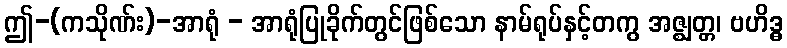
ဤ-(ကသိုဏ်း)-အာရုံ - အာရုံပြုခိုက်တွင်ဖြစ်သော နာမ်ရုပ်နှင့်တကွ အဇ္ဈတ္တ၊ ဗဟိဒ္ဓ